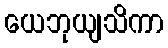
ယေဘုယျသိကာ